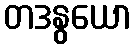
တဒနွယော